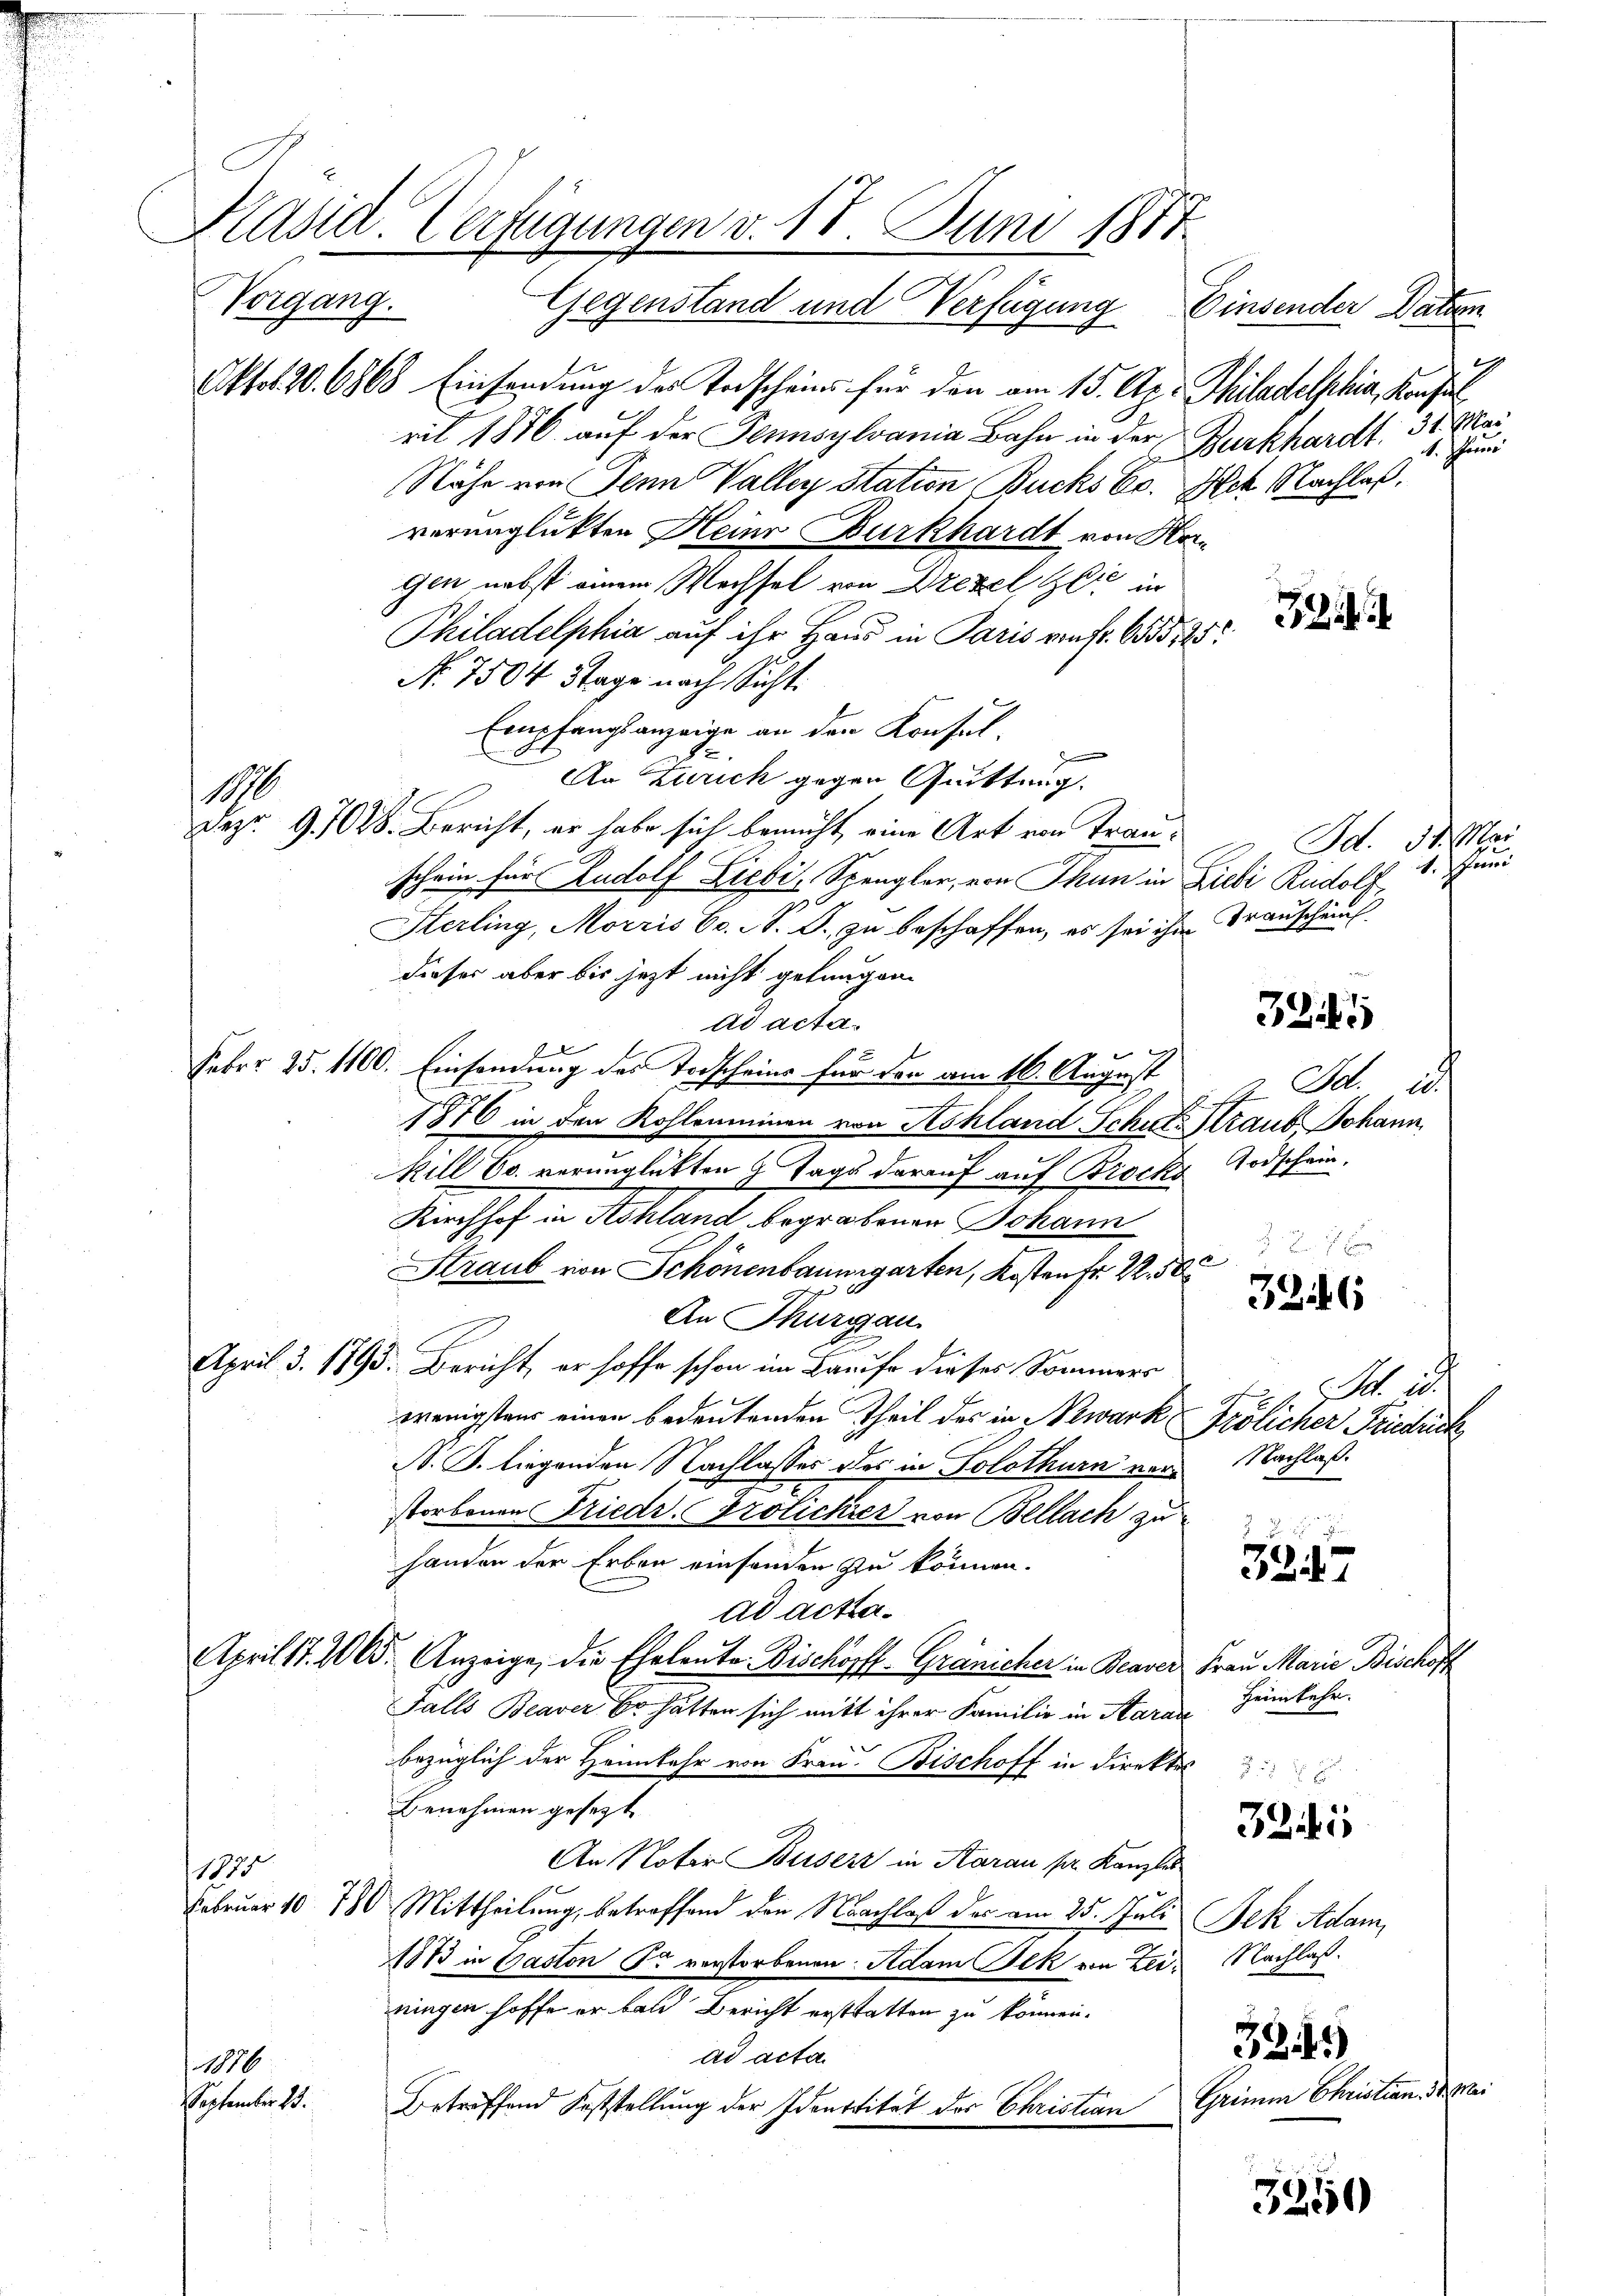
Vorgang. Gegenstand und Verfügung Einsender Datien
Oktot 20. 6868 Einsendung des Todscheins für den am 15. Apr Philadelphia, Kaufe
ril 1876 auf der Tennsylvania Bahn in der
Nähe von Senn Valler Station Bucks Cc. Ich Nachlaß.
verunglükten Heinr Curkhardt von Horgen nebst einem Wechsel von Drezel die in
Philadelphia auf ihr Haus in Paris von fr. 655, 25
No. 7504 Tage nach Sicht.
Empfangsanzeige an den Konsul-
An Zürich gegen Quittung
Dez. 9. 1028. Bericht, er habe sich bemüht, eine Art von Trauschein für Rudolf Liebi-Spengler, von Thun in Zieli Rudolf
Sterling, Morris Cc. S. J., zu beschaffen, es sei ihm Transchein
dieser aber bis jetzt nicht gelungen.
ad acta.
f
Febr. 25. 1100. Einsendung des Todscheine für den am 16. August
1876 in den Kohlraminen von Schland Schule Straub Johann,
Rill 60. verunglückten 9 Tags darauf auf Brocks Todschein.
Kirchhof in Schland begrabenen Johann
Straub von Schönenbaumgarten, Kosten fr. 2. 505
An Thurgau.
April 3. 1795. Bericht, er hoffe schon im Laufe dieses Sommers
wenigstens einen bedeutenden Theil des in Newark Frölicher Friedrick
N. B. liegenden Nachlasser des in Solothurn von Nachlaßstorbenen Friedr. Frolicher von Bellach zu
handen der Erben einsenden zu können.
ad acta¬
April 17. 265. Anzeige, die Eheleute Bischopff-Gränicher in Beaver Frau Marie Bischoff
Falls Beaver Er hätten sich mit ihrer Familie in Saran
bezüglich der Heimkehr von Frau. Bischoff in direktes
Benehmen gesetzt
An Noter Buserz in Aarau pr. Kanzler
1835
1
Februar 1078 Mittheilung, betreffend den Nachlaß der am 25. Juli Bek. Adam,
1873 in Gaston Sr verstorbenen Adam Jek von Zei- Nachlaßningen hoffe er bald Bericht erstatten zu können.
ad acta
1886
September 23.
Betreffend Feststellung der Identität der Christian

1890

Käsid. Verfügungen v. 18. Juni 1857.

9
Burkhardt. 31. Mai
1. Jan

32144

Id. d. Mar
1. Freund

321

2. Bd. i.

3216

Ad. 20.

3847

Heimkehr.

324

3245
Griner Christian Dr. Mar

3250